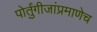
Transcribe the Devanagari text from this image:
पोर्तुंगीजांप्रमाणेच